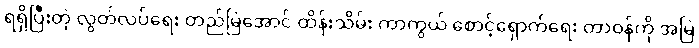
ရရှိပြီးတဲ့ လွတ်လပ်ရေး တည်မြဲအောင် ထိန်းသိမ်း ကာကွယ် စောင့်ရှောက်ရေး တာဝန်ကို အမြဲ